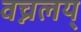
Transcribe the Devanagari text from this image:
वच्नलय्